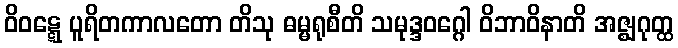
ဝိဝဋ္ဋေ ပူရိတကာလတော တိသု ဓမ္မရုစီတိ သမုဒ္ဒဝဂ္ဂေါ ဝိဘာဝိနာတိ အဇ္ဈဂုတ္ထ